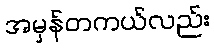
အမှန်တကယ်လည်း